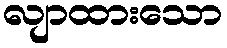
လျာထားသော